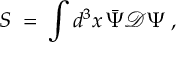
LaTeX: S \; = \; \int d ^ { 3 } x \, \bar { \Psi } { \mathcal D } \Psi \; ,